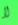
لا